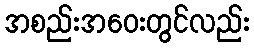
အစည်းအဝေးတွင်လည်း